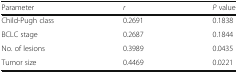
<table><thead><tr><td><b>Parameter</b></td><td><b><i>r</i></b></td><td><b><i>P</i> value</b></td></tr></thead><tbody><tr><td>Child-Pugh class</td><td>0.2691</td><td>0.1838</td></tr><tr><td>BCLC stage</td><td>0.2687</td><td>0.1844</td></tr><tr><td>No. of lesions</td><td>0.3989</td><td>0.0435</td></tr><tr><td>Tumor size</td><td>0.4469</td><td>0.0221</td></tr></tbody></table>